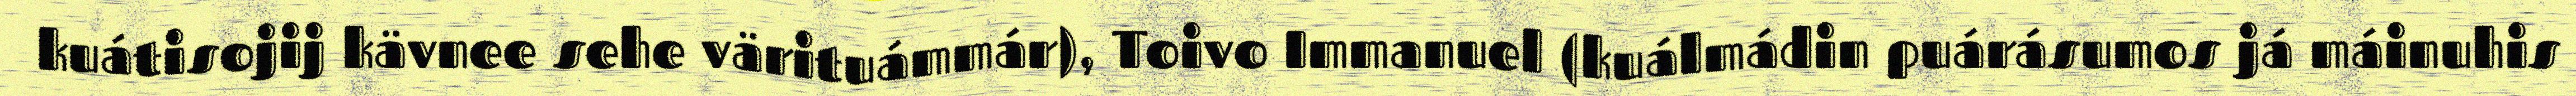
kuátisojij kävnee sehe värituámmár), Toivo Immanuel (kuálmádin puárásumos já máinuhis